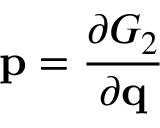
\mathbf { p } = { \frac { \partial G _ { 2 } } { \partial \mathbf { q } } }